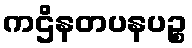
ကဌိနတပနပဉ္စ